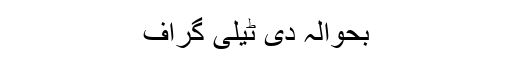
بحوالہ دی ٹیلی گراف